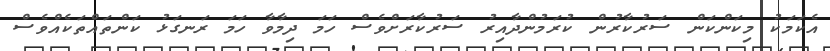
އެކަމަކު މިކަންކަން ސަރުކާރުން ކުރަމުންދާއިރު ސަރުކާރަށްވެސް ހަމަ ދިމާވާ ހަމަ ރަނގަޅު ކަންތައްތަކެއްވެސް